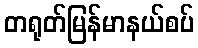
တရုတ်မြန်မာနယ်စပ်